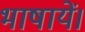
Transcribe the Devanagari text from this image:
भाषायें।